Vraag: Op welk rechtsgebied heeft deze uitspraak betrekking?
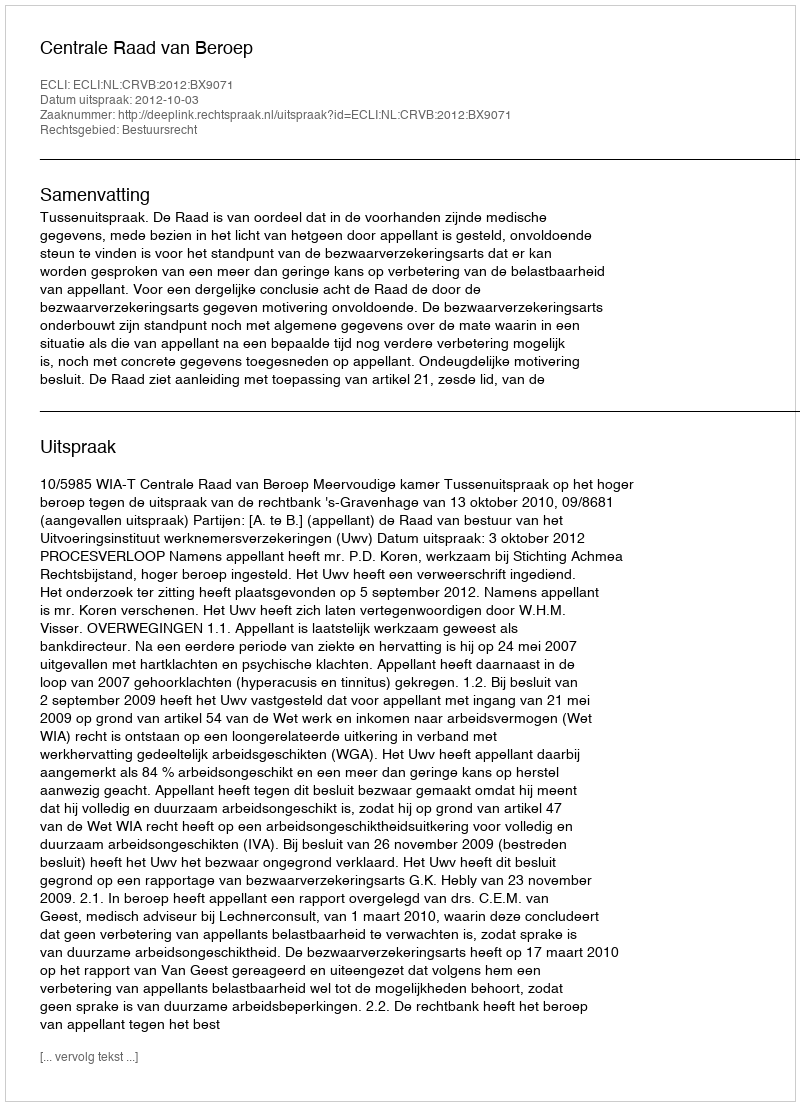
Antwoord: Bestuursrecht